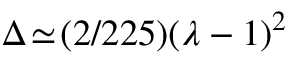
\Delta \! \simeq \! ( 2 / 2 2 5 ) ( \lambda - 1 ) ^ { 2 }